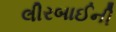
લીરબાઈની